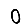
Digit: 0